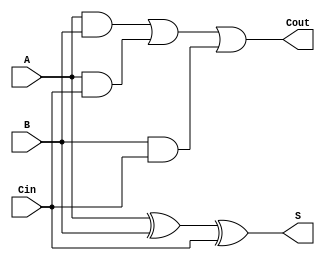
module full_adder (
  input A,
  input B,
  input Cin,
  output S,
  output Cout
  );


  wire w_and_1;
  wire w_and_2;
  wire w_and_3;

  and(w_and_1, A, B);
  and(w_and_2, A, Cin);
  and(w_and_3, B, Cin);
  or(Cout, w_and_1, w_and_2, w_and_3);
  xor(S, A, B, Cin);

endmodule // full_adder